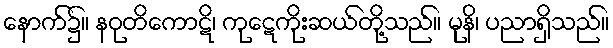
နောက်၌။ နဝုတိကောဋိ၊ ကုဋေကိုးဆယ်တို့သည်။ မုနိ၊ ပညာရှိသည်။